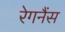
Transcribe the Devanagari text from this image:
रेगनैंस